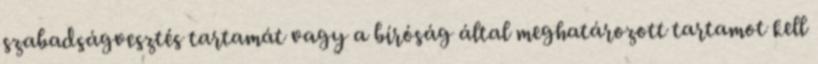
szabadságvesztés tartamát vagy a bíróság által meghatározott tartamot kell